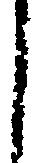
し